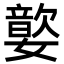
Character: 嬜